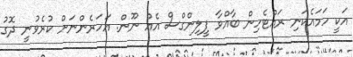
އަކީ ހަމައެކަނި ރައްޓެހިން ބާއްވާ ފީލިންގްސް އެއް ނޫން. އަހަރެންނަށް ކުރެވުނީ ދޮގު